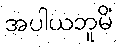
အပါယဘူမိံ